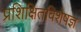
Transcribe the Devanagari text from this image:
प्रशिक्षितविशेषज्ञ